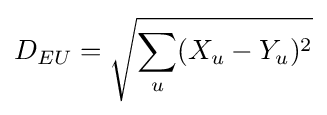
D_{EU}={\sqrt {\sum _{u}(X_{u}-Y_{u})^{2}}}